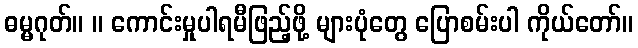
ဓမ္မဂုတ်။ ။ ကောင်းမှုပါရမီဖြည့်ဖို့ များပုံတွေ ပြောစမ်းပါ ကိုယ်တော်။